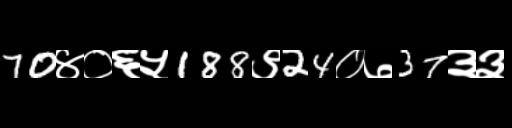
Text: 70४०६५188९24०७37३३